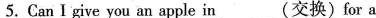
5. Can Igive you an apple in___(交换)for a